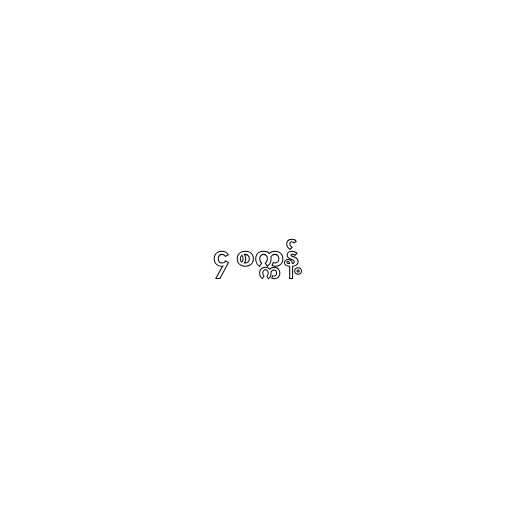
၄ စက္ကန့်